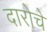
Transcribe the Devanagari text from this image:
दारोचे